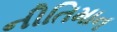
નીતિમાન